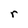
Character: r